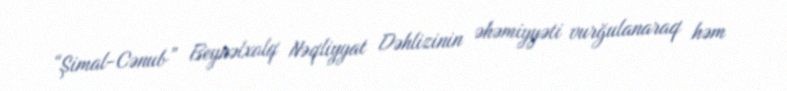
“Şimal-Cənub” Beynəlxalq Nəqliyyat Dəhlizinin əhəmiyyəti vurğulanaraq həm